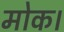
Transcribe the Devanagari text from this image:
मोक।